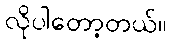
လိုပါတော့တယ်။